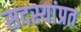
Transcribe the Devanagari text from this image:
सदस्यांप्रत